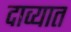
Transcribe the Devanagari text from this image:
दाव्यात